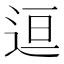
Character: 𬨤